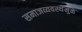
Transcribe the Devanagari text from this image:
समाजव्यवस्थेमुळे